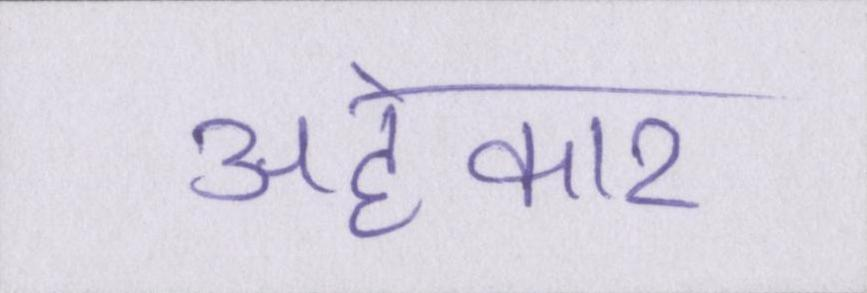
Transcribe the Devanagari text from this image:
अहंकार